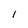
Character: 1